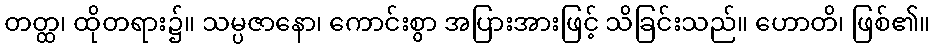
တတ္ထ၊ ထိုတရား၌။ သမ္ပဇာနော၊ ကောင်းစွာ အပြားအားဖြင့် သိခြင်းသည်။ ဟောတိ၊ ဖြစ်၏။